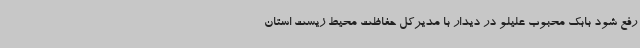
رفع شود بابک محبوب علیلو در دیدار با مدیرکل حفاظت محیط زیست استان